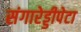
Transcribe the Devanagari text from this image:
संगारेड्डीपेटा